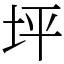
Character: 坪